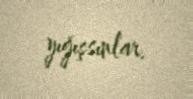
yığışsınlar.